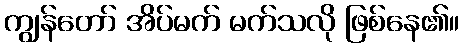
ကျွန်တော် အိပ်မက် မက်သလို ဖြစ်နေ၏။